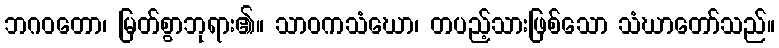
ဘဂဝတော၊ မြတ်စွာဘုရား၏။ သာဝကသံဃော၊ တပည့်သားဖြစ်သော သံဃာတော်သည်။